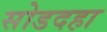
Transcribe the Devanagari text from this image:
सोडदहा